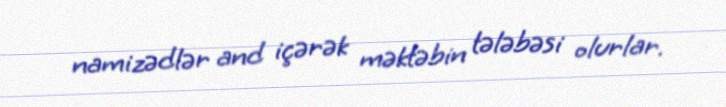
namizədlər and içərək məktəbin tələbəsi olurlar.